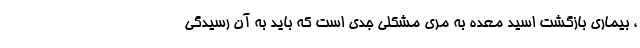
، بیماری بازگشت اسید معده به مری مشکلی جدی است که باید به آن رسیدگی